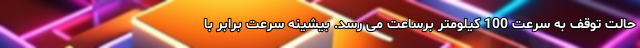
حالت توقف به سرعت 100 کیلومتر برساعت می رسد. بیشینه سرعت برابر با